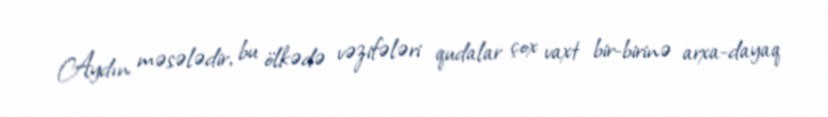
Aydın məsələdir, bu ölkədə vəzifələri qudalar çox vaxt bir-birinə arxa-dayaq